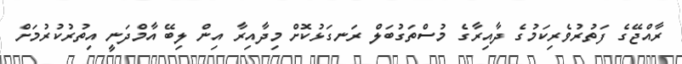
ރާއްޖޭގެ ފަތުރުވެރިކަމުގެ ދާއިރާގެ މުސްތަގުބަލް ރަނގަޅުކޮށް މިދާއިރާ އިން ލިބޭ އާމްދަނީ އިތުރުކުރުމަށް